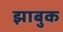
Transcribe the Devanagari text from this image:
झाबुक